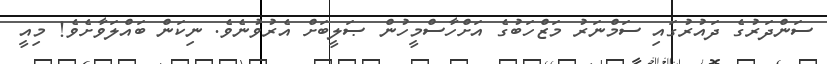
ސަންދަރުގެ ދައުރުގައި ސަމްނަރު މަޒްހަބުގެ އަށްހާސްމީހުން ޞަލީބަށް އެރުވުނެވެ. ނިކަން ބައްލަވާށެވެ! މިއީ